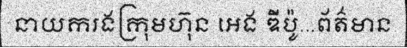
នាយករងក្រុមហ៊ុន អេង ឌីប៉ូ...ព័ត៌មាន